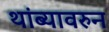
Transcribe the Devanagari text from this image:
थांब्यावरुन